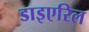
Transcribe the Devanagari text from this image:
डाइएरिल